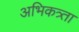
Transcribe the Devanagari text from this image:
अभिकत्र्ता